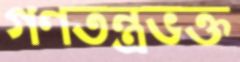
গণতন্ত্রভক্ত